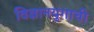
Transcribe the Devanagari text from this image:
विज्ञानयुगाची